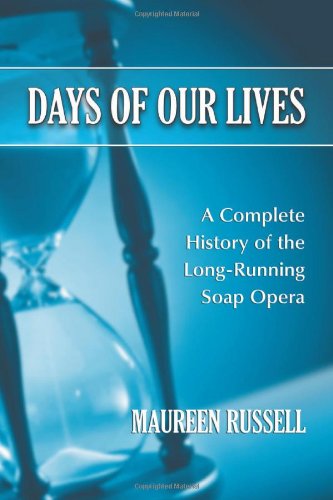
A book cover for Days of Our Lives: A Complete History of the Long-Running Soap Opera; Maureen Russell; Humor & Entertainment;